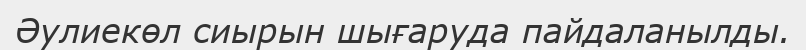
Әулиекөл сиырын шығаруда пайдаланылды.